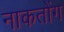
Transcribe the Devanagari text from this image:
नाकतोंग